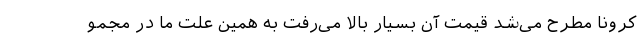
کرونا مطرح می‌شد قیمت آن بسیار بالا می‌رفت به همین علت ما در مجمو